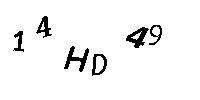
14HD49